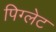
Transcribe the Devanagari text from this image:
पिग्लेट